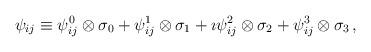
LaTeX: \begin{align*}\psi _{ij}\equiv \psi _{ij}^{0}\otimes \sigma _{0}+\psi _{ij}^{1}\otimes\sigma _{1}+\imath \psi _{ij}^{2}\otimes \sigma _{2}+\psi _{ij}^{3}\otimes\sigma _{3}\,,\end{align*}